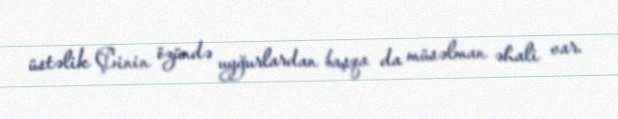
üstəlik Çinin özündə uyğurlardan başqa da müsəlman əhali var.